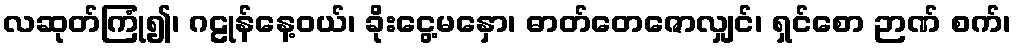
လဆုတ်ကြုံ၍၊ ဂဠုန်နေ့ဝယ်၊ ခိုးငွေ့မနှော၊ ဓာတ်တေဇောလျှင်၊ ရှင်စော ဉာဏ် စက်၊